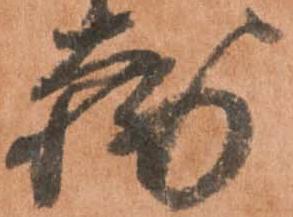
輔